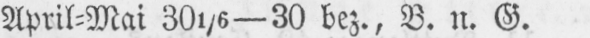
April⸗Mai 301/6-30 bez., B. n. G.